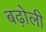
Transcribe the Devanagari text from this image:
बढ़ोली